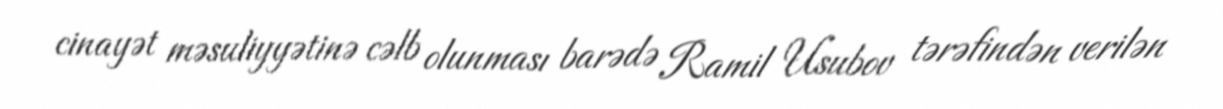
cinayət məsuliyyətinə cəlb olunması barədə Ramil Usubov tərəfindən verilən